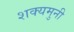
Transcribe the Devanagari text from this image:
शक्यमुनी